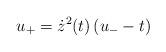
LaTeX: \begin{align*}u_{+}=\dot{z}^{2}(t)\left( u_{-}-t\right) \end{align*}